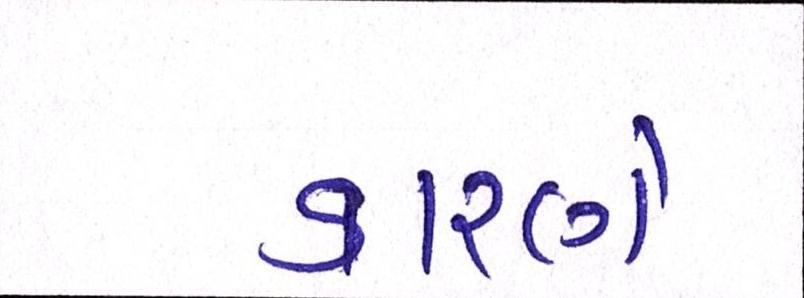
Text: કારણે